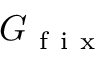
G _ { \mathrm { ~ f ~ i ~ x ~ } }